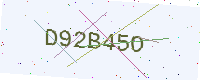
Text: D92B45O